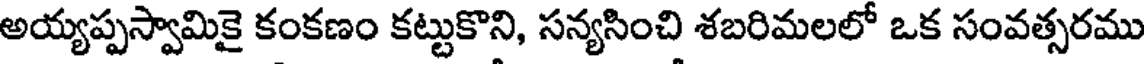
అయ్యప్పస్వామికై కంకణం కట్టుకొని, సన్యసించి శబరిమలలో ఒక సంవత్సరము